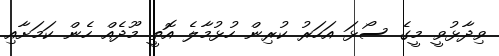
ވިދާޅުވީ މީގެ ސޯޅަ އަހަރު ކުރިން ހުޅުމާލެ އޮތީ މޫދެއް ހެން ކަމަށާއި